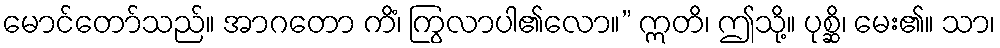
မောင်တော်သည်။ အာဂတော ကိံ၊ ကြွလာပါ၏လော။” ဣတိ၊ ဤသို့။ ပုစ္ဆိ၊ မေး၏။ သာ၊